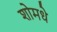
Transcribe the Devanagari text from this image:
शोमधे